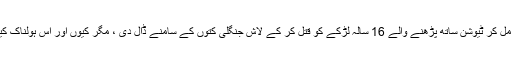
چکوال : 6 دوستوں نے مل کر ٹیوشن ساتھ پڑھنے والے 16 سالہ لڑکے کو قتل کر کے لاش جنگلی کتوں کے سامنے ڈال دی ، مگر کیوں اور اس ہولناک کیس کا سراخ کیسے لگا ۔